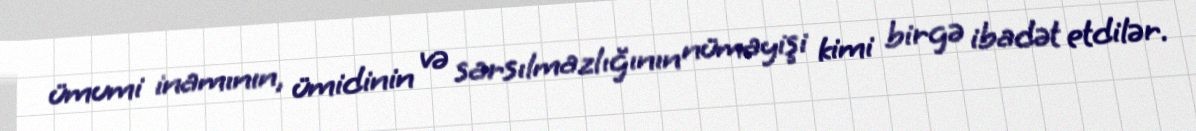
ümumi inamının, ümidinin və sarsılmazlığının nümayişi kimi birgə ibadət etdilər.